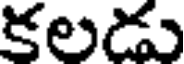
కలడు